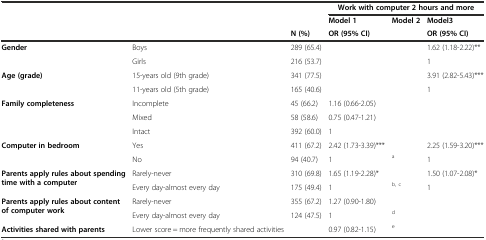
<table><thead><tr><td></td><td></td><td></td><td colspan="3"><b>Work with computer 2 hours and more</b></td></tr><tr><td></td><td></td><td></td><td><b>Model 1</b></td><td><b>Model 2</b></td><td><b>Model3</b></td></tr><tr><td></td><td></td><td><b>N (%)</b></td><td><b>OR (95% CI)</b></td><td></td><td><b>OR (95% CI)</b></td></tr></thead><tbody><tr><td rowspan="2"><b>Gender</b></td><td>Boys</td><td>289 (65.4)</td><td></td><td></td><td>1.62 (1.18-2.22)**</td></tr><tr><td>Girls</td><td>216 (53.7)</td><td></td><td></td><td>1</td></tr><tr><td rowspan="2"><b>Age (grade)</b></td><td>15-years old (9th grade)</td><td>341 (77.5)</td><td></td><td></td><td>3.91 (2.82-5.43)***</td></tr><tr><td>11-years old (5th grade)</td><td>165 (40.6)</td><td></td><td></td><td>1</td></tr><tr><td rowspan="3"><b>Family completeness</b></td><td>Incomplete</td><td>45 (66.2)</td><td>1.16 (0.66-2.05)</td><td></td><td></td></tr><tr><td>Mixed</td><td>58 (58.6)</td><td>0.75 (0.47-1.21)</td><td></td><td></td></tr><tr><td>Intact</td><td>392 (60.0)</td><td>1</td><td></td><td></td></tr><tr><td rowspan="2"><b>Computer in bedroom</b></td><td>Yes</td><td>411 (67.2)</td><td>2.42 (1.73-3.39)***</td><td></td><td>2.25 (1.59-3.20)***</td></tr><tr><td>No</td><td>94 (40.7)</td><td>1</td><td><sup>a</sup></td><td>1</td></tr><tr><td rowspan="2"><b>Parents apply rules about spending time with a computer</b></td><td>Rarely-never</td><td>310 (69.8)</td><td>1.65 (1.19-2.28)*</td><td></td><td>1.50 (1.07-2.08)*</td></tr><tr><td>Every day-almost every day</td><td>175 (49.4)</td><td>1</td><td><sup>b, c</sup></td><td>1</td></tr><tr><td rowspan="2"><b>Parents apply rules about content of computer work</b></td><td>Rarely-never</td><td>355 (67.2)</td><td>1.27 (0.90-1.80)</td><td></td><td></td></tr><tr><td>Every day-almost every day</td><td>124 (47.5)</td><td>1</td><td><sup>d</sup></td><td></td></tr><tr><td><b>Activities shared with parents</b></td><td>Lower score = more frequently shared activities</td><td></td><td>0.97 (0.82-1.15)</td><td><sup>e</sup></td><td></td></tr></tbody></table>